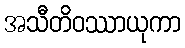
အသီတိဝဿာယုကာ